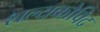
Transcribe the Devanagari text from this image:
शल्यकोविद